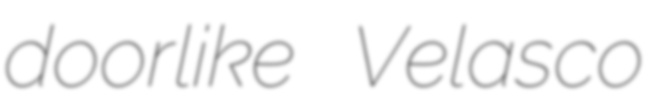
doorlike Velasco